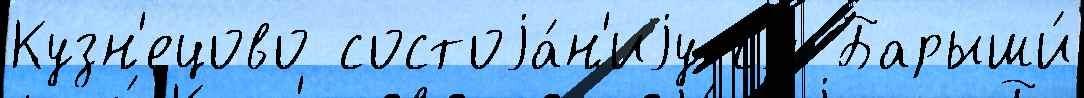
Кузн'ецово состоjа́н'иjу см Барыши́